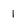
Character: 1